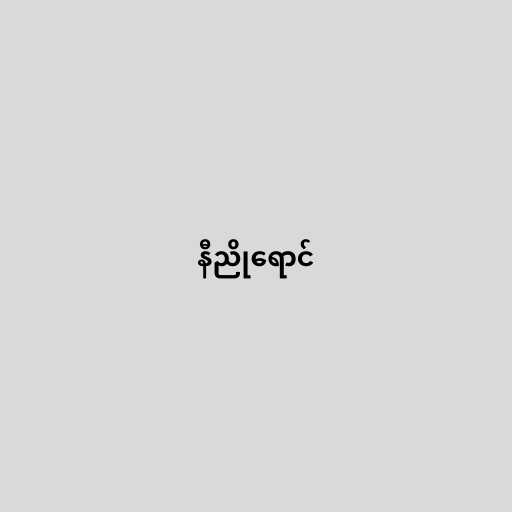
နီညိုရောင်